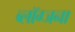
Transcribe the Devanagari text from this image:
ब्लॉग्जना